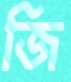
জি